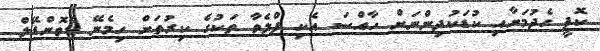
ކޮފީ ހެދުމަށާއި ކުޑަކުދިންނަށް ހާއްސަ އެކި ފްލެވާ ތަކުގެ ކިރުތަށް ހިމެނޭ ޑެވޮންޑޭލް